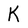
Character: k